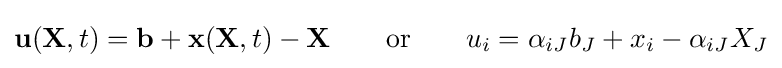
\mathbf {u} (\mathbf {X} ,t)=\mathbf {b} +\mathbf {x} (\mathbf {X} ,t)-\mathbf {X} \qquad {\text{or}}\qquad u_{i}=\alpha _{iJ}b_{J}+x_{i}-\alpha _{iJ}X_{J}